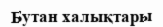
Бутан халықтары